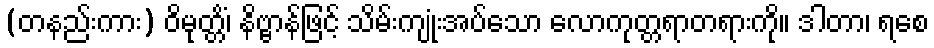
(တနည်းကား) ဝိမုတ္တိံ၊ နိဗ္ဗာန်ဖြင့် သိမ်းကျုံးအပ်သော လောကုတ္တရာတရားကို။ ဒါတာ၊ ရစေ